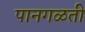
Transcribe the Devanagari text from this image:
पानगळती